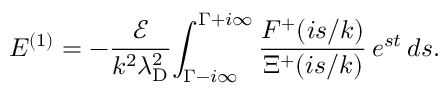
E ^ { ( 1 ) } = - \frac { \mathcal { E } } { k ^ { 2 } \lambda _ { \mathrm { D } } ^ { 2 } } \! \int _ { \Gamma - i \infty } ^ { \Gamma + i \infty } \frac { F ^ { + } ( i s / k ) } { \Xi ^ { + } ( i s / k ) } \, e ^ { s t } \, d s .